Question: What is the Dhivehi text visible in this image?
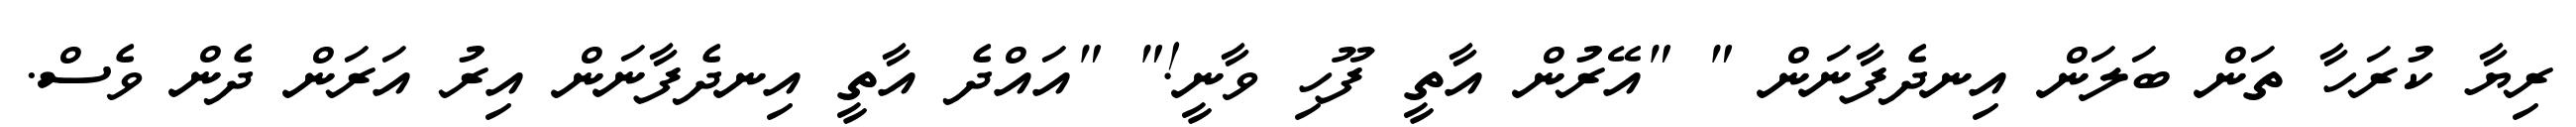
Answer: ރިޔާ ކުރަހާ ތަން ބަލަން އިނދެފާނަން " "އޭރުން އާތީ ފޫހި ވާނީ!" "އައްދެ އާތީ އިނދެފާނަން އިރު އަރަން ދެން ވެސް.